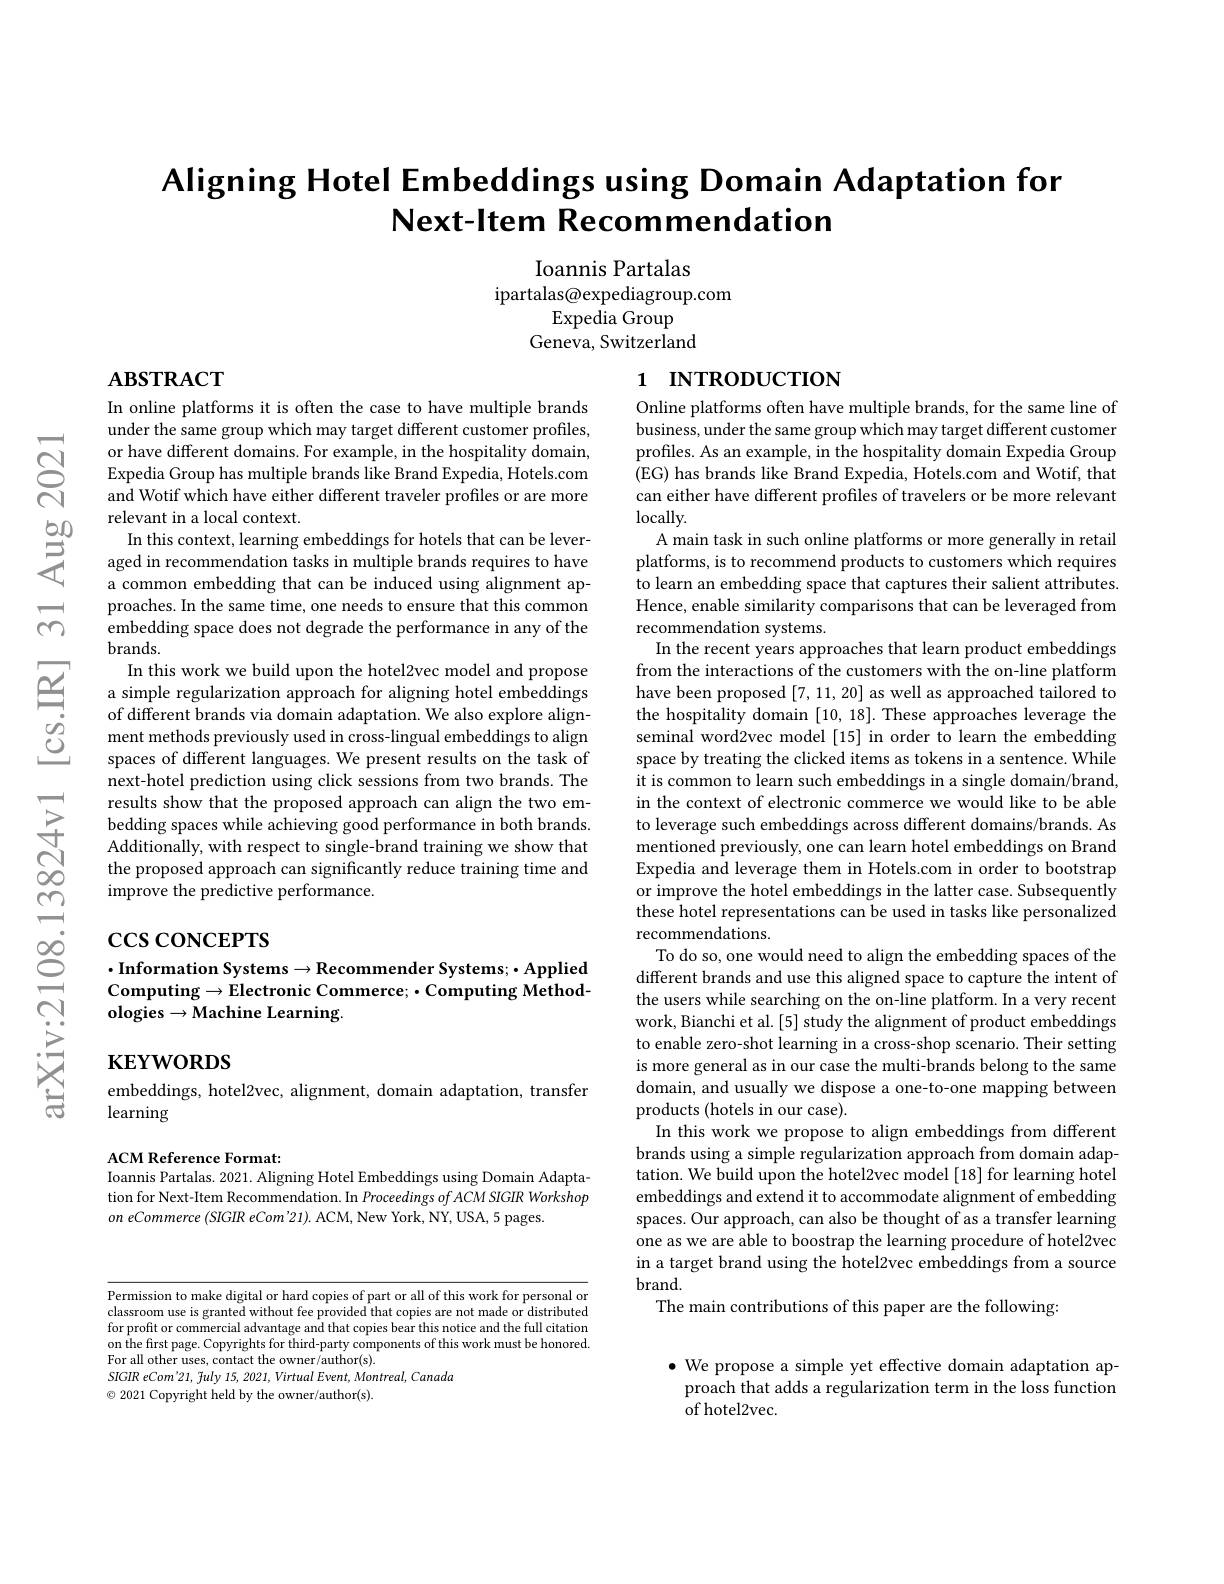
Aligning Hotel Embeddings using Domain Adaptation for
Next-ltem Recommendation

Ioannis Partalas
ipartalas@expediagroup.com
Expedia Group
Geneva, Switzerland

$ABSTRACT$

# 1 INTRODUCTION

In online platforms it is often the case to have multiple brands under the same group which may target different customer profiles, or have different domains. For example, in the hospitality domain, Expedia Group has multiple brands like Brand Expedia, Hotels.com and Wotif which have either different traveler profiles or are more relevant in a local context.
In this context, learning embeddings for hotels that can be leveraged in recommendation tasks in multiple brands requires to have a common embedding that can be induced using alignment approaches. In the same time, one needs to ensure that this common embedding space does not degrade the performance in any of the $brands.$
In this work we build upon the hotel2vec model and propose a simple regularization approach for aligning hotel embeddings of different brands via domain adaptation. We also explore alignment methods previously used in cross-lingual embeddings to align spaces of different languages. We present results on the task of next-hotel prediction using click sessions from two brands. The results show that the proposed approach can align the two embedding spaces while achieving good performance in both brands. Additionally, with respect to single-brand training we show that the proposed approach can significantly reduce training time and improve the predictive performance.

Online platforms often have multiple brands, for the same line of business, under the same group which may target different customer profiles. As an example, in the hospitality domain Expedia Group (EG) has brands like Brand Expedia, Hotels.com and Wotif, that can either have different profiles of travelers or be more relevant locally.
A main task in such online platforms or more generally in retail platforms, is to recommend products to customers which requires to learn an embedding space that captures their salient attributes. Hence, enable similarity comparisons that can be leveraged from recommendation systems.
In the recent years approaches that learn product embeddings from the interactions of the customers with the on-line platform have been proposed [7,11,20] as well as approached tailored to the hospitality domain [10,18]. These approaches leverage the seminal word2vec model [15] in order to learn the embedding space by treating the clicked items as tokens in a sentence. While it is common to learn such embeddings in a single domain/brand in the context of electronic commerce we would like to be able to leverage such embeddings across different domains/brands. As mentioned previously, one can learn hotel embeddings on Brand Expedia and leverage them in Hotels.com in order to bootstrap or improve the hotel embeddings in the latter case. Subsequently these hotel representations can be used in tasks like personalized recommendations.
To do so, one would need to align the embedding spaces of the different brands and use this aligned space to capture the intent of the users while searching on the on-line platform. In a very recent work, Bianchi et al.[5] study the alignment of product embeddings to enable zero-shot learning in a cross-shop scenario. Their setting is more general as in our case the multi-brands belong to the same domain, and usually we dispose a one-to-one mapping between products (hotels in our case).
In this work we propose to align embeddings from different brands using a simple regularization approach from domain adaptation. We build upon the hotel2vec model [18] for learning hotel embeddings and extend it to accommodate alignment of embedding spaces. Our approach, can also be thought of as a transfer learning one as we are able to boostrap the learning procedure of hotel2vec in a target brand using the hotel2vec embeddings from a source $brand.$
The main contributions of this paper are the following:

# $\csc\cos$coNCEPTS

$\cdot$Information Systems$\to$Recommender Systems; Applied $\mathbf{Computing}\to\mathbf{Electronic~Commerce;~}\bullet\mathbf{Computing~Method-}$ ${\mathrm{ologies}}\to{\mathrm{Machine~Learning}}.$

KEYWORDS

embeddings, hotel2vec, alignment, domain adaptation, transfer
learning

ACM Reference Format:
Ioannis Partalas. 2021. Aligning Hotel Embeddings using Domain Adaptation for Next-Item Recommendation. In Proceedings of ACM SIGIR Workshop on eCommerce (SIGIR eCom'21). ACM, New York, NY, USA, 5 pages

Permission to make digital or hard copies of part or all of this work for personal or classroom use is granted without fee provided that copies are not made or distributed for profit or commercial advantage and that copies bear this notice and the full citation on the first page. Copyrights for third-party components of this work must be honored. For all other uses, contact the owner/author(s).
SIGIR eCom'21, fuly 15, 2021, Virtual Event, Montreal, Canada
$\odot$ 2021 Copyright held by the owner/author(s).

$\bullet$ We propose a simple yet effective domain adaptation ap-
proach that adds a regularization term in the loss function
of hotel2vec.